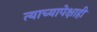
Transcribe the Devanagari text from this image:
त्याच्यापेक्षाही